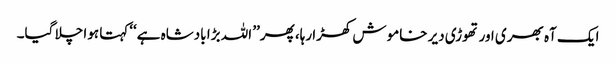
ایک آہ بھری اور تھوڑی دیر خاموش کھڑا رہا، پھر’’ اللہ بڑا بادشاہ ہے‘‘کہتا ہوا چلا گیا۔